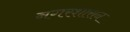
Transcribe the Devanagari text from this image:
नगरशासन